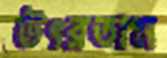
উৎরতাম